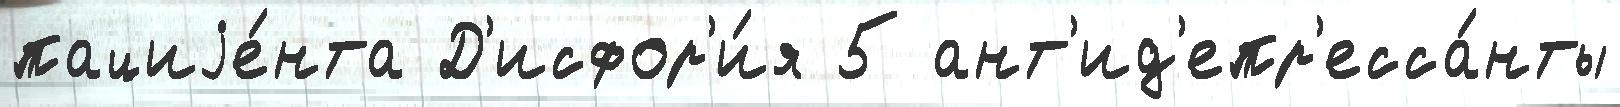
пациjе́нта Д'исфор'и́я 5 ант'ид'епр'есса́нты